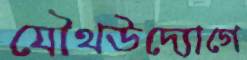
যৌথউদ্যোগে